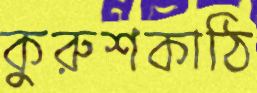
কুরুশকাঠি